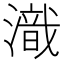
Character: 𣽚